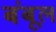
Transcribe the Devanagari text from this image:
बंबूल